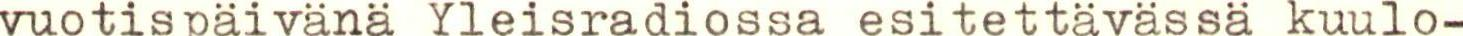
vuotispäivänä Yleisradiossa esitettävässä kuulo-